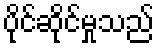
ပိုင်ဆိုင်မှုသည်